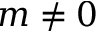
m \neq 0